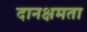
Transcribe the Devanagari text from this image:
दानक्षमता